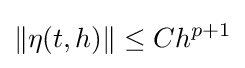
\|\eta (t,h)\|\leq Ch^{p+1}